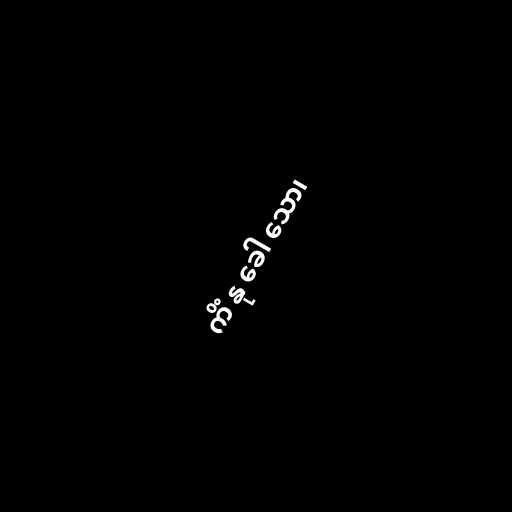
ကိံ နု ခေါ သော၊